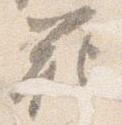
範